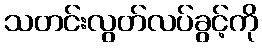
သတင်းလွတ်လပ်ခွင့်ကို